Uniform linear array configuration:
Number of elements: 64
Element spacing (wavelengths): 0.5
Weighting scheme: hann
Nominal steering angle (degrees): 15
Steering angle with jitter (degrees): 13.57
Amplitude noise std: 0.05
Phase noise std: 0.05

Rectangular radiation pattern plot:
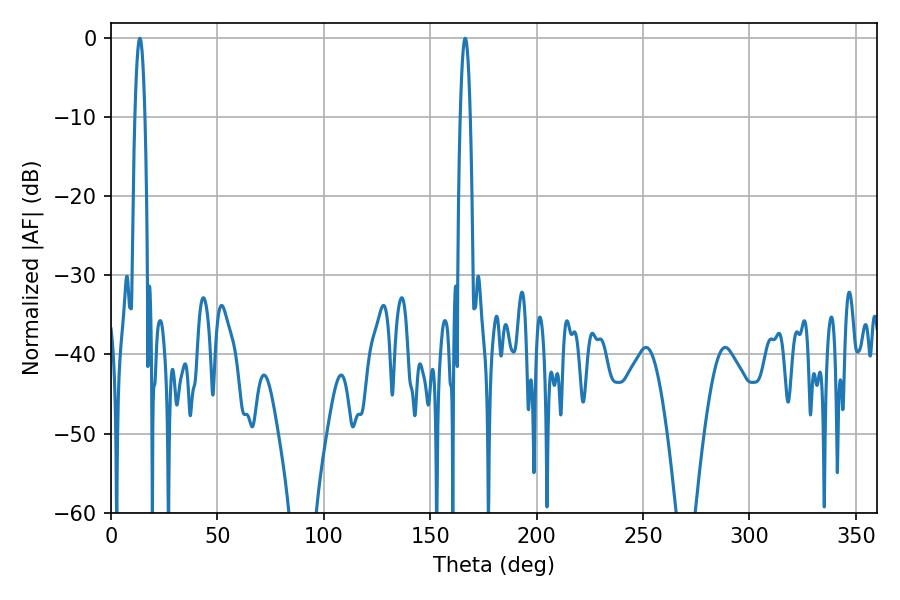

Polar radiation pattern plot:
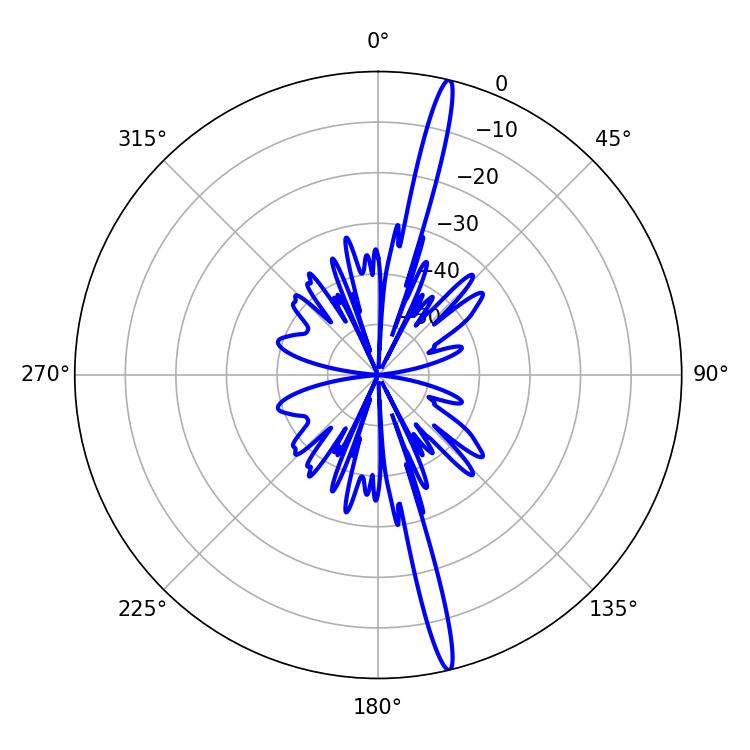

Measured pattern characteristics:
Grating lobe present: FALSE
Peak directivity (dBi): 19.347
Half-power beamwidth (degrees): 2.52
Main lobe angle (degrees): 166.5